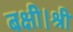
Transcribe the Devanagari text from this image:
बक्षी।श्री